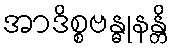
အာဒိစ္စဗန္ဓုနန္တိ